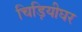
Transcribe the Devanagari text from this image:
चिड़ियीघर